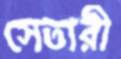
সেতারী